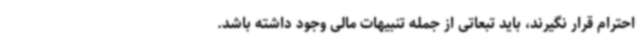
احترام قرار نگیرند، باید تبعاتی از جمله تنبیهات مالی وجود داشته باشد.